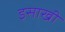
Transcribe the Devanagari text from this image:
इसाखी